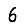
Digit: 6